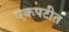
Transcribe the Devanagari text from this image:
एकपटीत